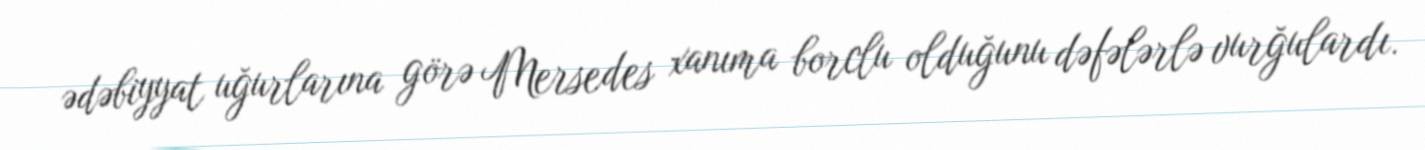
ədəbiyyat uğurlarına görə Mersedes xanıma borclu olduğunu dəfələrlə vurğulardı.